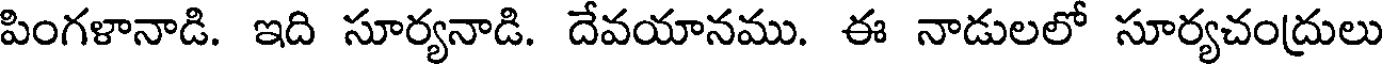
పింగళానాడి. ఇది సూర్యనాడి. దేవయానము. ఈ నాడులలో సూర్యచంద్రులు